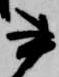
書